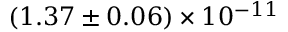
( 1 . 3 7 \pm 0 . 0 6 ) \times 1 0 ^ { - 1 1 }